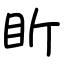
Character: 盺